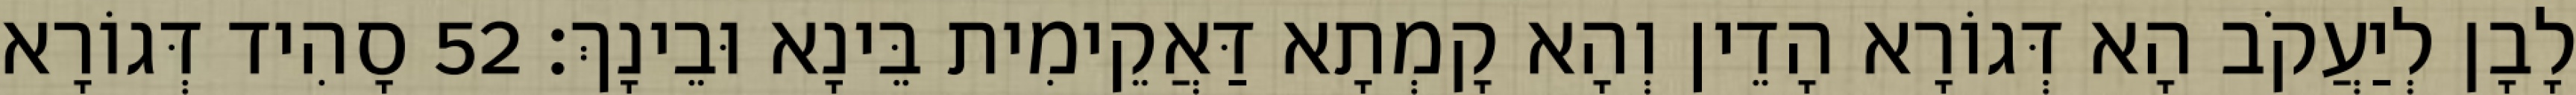
לָבָן לְיַעֲקֹב הָא דְּגוֹרָא הָדֵין וְהָא קָמְתָא דַּאֲקֵימִית בֵּינָא וּבֵינָךְ׃ 52 סָהִיד דְּגוֹרָא